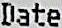
DATE